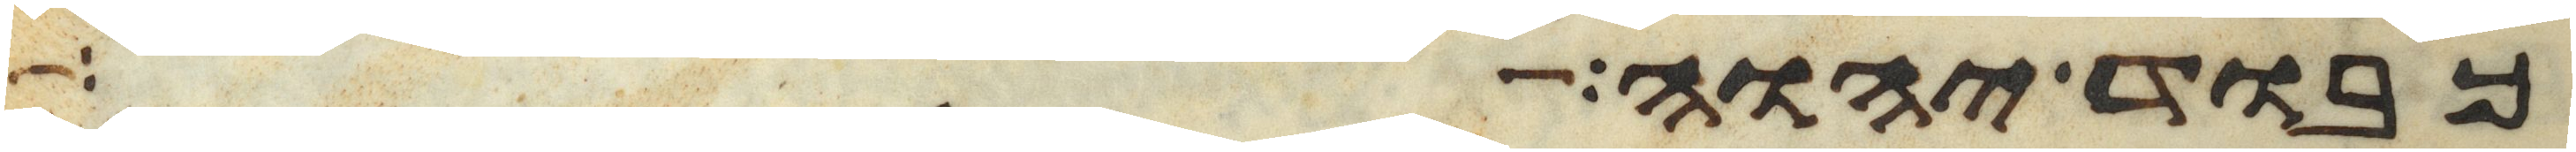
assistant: כבוד יהוה